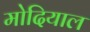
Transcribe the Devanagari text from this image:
मोदियाल